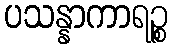
ပသန္နာကာရဉ္စ